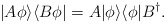
\begin{align*}|A\phi\rangle\langle B\phi |=A|\phi \rangle\langle\phi |B^{\dagger}.\end{align*}